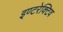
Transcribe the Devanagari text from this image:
इण्टरेक्टिव